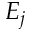
E _ { j }